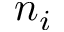
n _ { i }